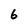
Character: 6